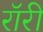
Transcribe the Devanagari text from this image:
रॉरी